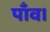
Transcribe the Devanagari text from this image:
पाँव।